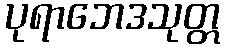
ပုရာဘေဒသုတ္တ